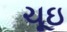
ચૂઇ